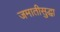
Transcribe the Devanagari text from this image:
जमातीसुद्धा